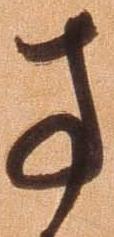
方